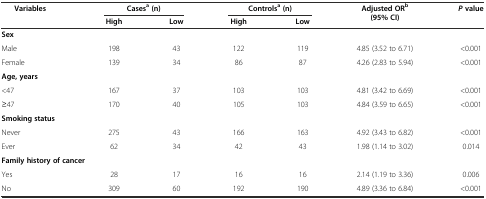
<table><thead><tr><td rowspan="2"><b>Variables</b></td><td colspan="2"><b>Cases<sup>a</sup>(n)</b></td><td colspan="2"><b>Controls<sup>a</sup>(n)</b></td><td rowspan="2"><b>Adjusted OR<sup>b</sup>(95% CI)</b></td><td rowspan="2"><b><i>P</i>value</b></td></tr><tr><td><b>High</b></td><td><b>Low</b></td><td><b>High</b></td><td><b>Low</b></td></tr></thead><tbody><tr><td><b>Sex</b></td><td>[EMPTY_CELL]</td><td>[EMPTY_CELL]</td><td>[EMPTY_CELL]</td><td>[EMPTY_CELL]</td><td>[EMPTY_CELL]</td><td>[EMPTY_CELL]</td></tr><tr><td>Male</td><td>198</td><td>43</td><td>122</td><td>119</td><td>4.85 (3.52 to 6.71)</td><td>&lt;0.001</td></tr><tr><td>Female</td><td>139</td><td>34</td><td>86</td><td>87</td><td>4.26 (2.83 to 5.94)</td><td>&lt;0.001</td></tr><tr><td><b>Age, years</b></td><td>[EMPTY_CELL]</td><td>[EMPTY_CELL]</td><td>[EMPTY_CELL]</td><td>[EMPTY_CELL]</td><td>[EMPTY_CELL]</td><td>[EMPTY_CELL]</td></tr><tr><td>&lt;47</td><td>167</td><td>37</td><td>103</td><td>103</td><td>4.81 (3.42 to 6.69)</td><td>&lt;0.001</td></tr><tr><td>≥47</td><td>170</td><td>40</td><td>105</td><td>103</td><td>4.84 (3.59 to 6.65)</td><td>&lt;0.001</td></tr><tr><td><b>Smoking status</b></td><td>[EMPTY_CELL]</td><td>[EMPTY_CELL]</td><td>[EMPTY_CELL]</td><td>[EMPTY_CELL]</td><td>[EMPTY_CELL]</td><td>[EMPTY_CELL]</td></tr><tr><td>Never</td><td>275</td><td>43</td><td>166</td><td>163</td><td>4.92 (3.43 to 6.82)</td><td>&lt;0.001</td></tr><tr><td>Ever</td><td>62</td><td>34</td><td>42</td><td>43</td><td>1.98 (1.14 to 3.02)</td><td>0.014</td></tr><tr><td colspan="2"><b>Family history of cancer</b></td><td>[EMPTY_CELL]</td><td>[EMPTY_CELL]</td><td>[EMPTY_CELL]</td><td>[EMPTY_CELL]</td><td>[EMPTY_CELL]</td></tr><tr><td>Yes</td><td>28</td><td>17</td><td>16</td><td>16</td><td>2.14 (1.19 to 3.36)</td><td>0.006</td></tr><tr><td>No</td><td>309</td><td>60</td><td>192</td><td>190</td><td>4.89 (3.36 to 6.84)</td><td>&lt;0.001</td></tr></tbody></table>